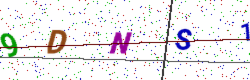
Text: 9DNS1